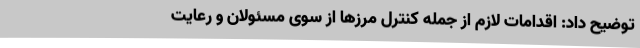
توضیح داد: اقدامات لازم از جمله کنترل مرزها از سوی مسئولان و رعایت